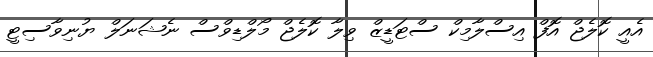
އެއީ ކޮލެޖް އޮފް އިސްލާމިކް ސްޓަޑީޒް ވިލާ ކޮލެޖް މޯލްޑިވްސް ނެޝަނަލް ޔުނިވާސިޓީ